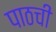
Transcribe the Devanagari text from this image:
पाठची